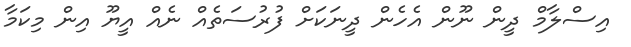
އިސްލާމް ދީން ނޫން އެހެން ދީނަކަށް ފުރުސަތެއް ނެއް އީޔޫ އިން މިކަމާ